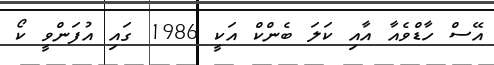
އޭސް ހާޑްވެއާ އާއި ކަލަ ބެންކް އަކީ 1986 ގައި އުފަންވީ ކޯ